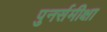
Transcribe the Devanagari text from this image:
पुनर्समीक्षा